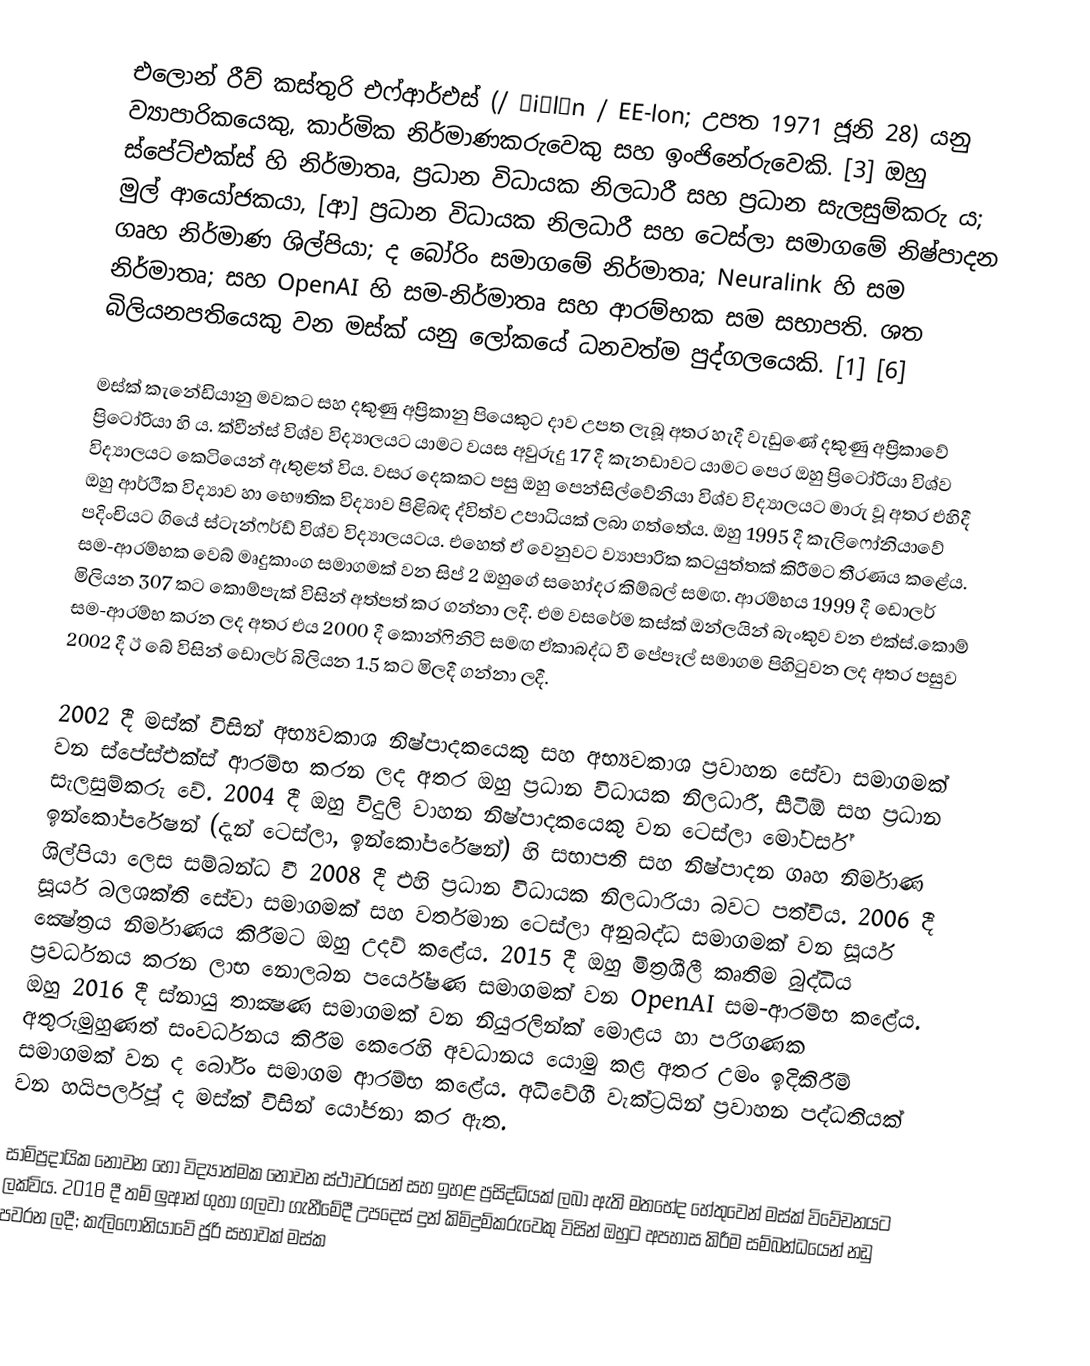
එලොන් රීව් කස්තුරි එෆ්ආර්එස් (/ ˈiːlɒn / EE-lon; උපත 1971 ජූනි 28) යනු ව්‍යාපාරිකයෙකු, කාර්මික නිර්මාණකරුවෙකු සහ ඉංජිනේරුවෙකි. [3] ඔහු ස්පේට්එක්ස් හි නිර්මාතෘ, ප්‍රධාන විධායක නිලධාරී සහ ප්‍රධාන සැලසුම්කරු ය; මුල් ආයෝජකයා, [ආ] ප්‍රධාන විධායක නිලධාරී සහ ටෙස්ලා සමාගමේ නිෂ්පාදන ගෘහ නිර්මාණ ශිල්පියා; ද බෝරිං සමාගමේ නිර්මාතෘ; Neuralink හි සම නිර්මාතෘ; සහ OpenAI හි සම-නිර්මාතෘ සහ ආරම්භක සම සභාපති. ශත බිලියනපතියෙකු වන මස්ක් යනු ලෝකයේ ධනවත්ම පුද්ගලයෙකි. [1] [6]

මස්ක් කැනේඩියානු මවකට සහ දකුණු අප්‍රිකානු පියෙකුට දාව උපත ලැබූ අතර හැදී වැඩුණේ දකුණු අප්‍රිකාවේ ප්‍රිටෝරියා හි ය. ක්වීන්ස් විශ්ව විද්‍යාලයට යාමට වයස අවුරුදු 17 දී කැනඩාවට යාමට පෙර ඔහු ප්‍රිටෝරියා විශ්ව විද්‍යාලයට කෙටියෙන් ඇතුළත් විය. වසර දෙකකට පසු ඔහු පෙන්සිල්වේනියා විශ්ව විද්‍යාලයට මාරු වූ අතර එහිදී ඔහු ආර්ථික විද්‍යාව හා භෞතික විද්‍යාව පිළිබඳ ද්විත්ව උපාධියක් ලබා ගත්තේය. ඔහු 1995 දී කැලිෆෝනියාවේ පදිංචියට ගියේ ස්ටැන්ෆර්ඩ් විශ්ව විද්‍යාලයටය. එහෙත් ඒ වෙනුවට ව්‍යාපාරික කටයුත්තක් කිරීමට තීරණය කළේය. සම-ආරම්භක වෙබ් මෘදුකාංග සමාගමක් වන සිප් 2 ඔහුගේ සහෝදර කිම්බල් සමඟ. ආරම්භය 1999 දී ඩොලර් මිලියන 307 කට කොම්පැක් විසින් අත්පත් කර ගන්නා ලදී. එම වසරේම කස්ක් ඔන්ලයින් බැංකුව වන එක්ස්.කොම් සම-ආරම්භ කරන ලද අතර එය 2000 දී කොන්ෆිනිටි සමඟ ඒකාබද්ධ වී පේපෑල් සමාගම පිහිටුවන ලද අතර පසුව 2002 දී ඊ බේ විසින් ඩොලර් බිලියන 1.5 කට මිලදී ගන්නා ලදී.

2002 දී මස්ක් විසින් අභ්‍යවකාශ නිෂ්පාදකයෙකු සහ අභ්‍යවකාශ ප්‍රවාහන සේවා සමාගමක් වන ස්පේස්එක්ස් ආරම්භ කරන ලද අතර ඔහු ප්‍රධාන විධායක නිලධාරී, සීටීඕ සහ ප්‍රධාන සැලසුම්කරු වේ. 2004 දී ඔහු විදුලි වාහන නිෂ්පාදකයෙකු වන ටෙස්ලා මෝටර්ස් ඉන්කෝපරේෂන් (දැන් ටෙස්ලා, ඉන්කෝපරේෂන්) හි සභාපති සහ නිෂ්පාදන ගෘහ නිර්මාණ ශිල්පියා ලෙස සම්බන්ධ වී 2008 දී එහි ප්‍රධාන විධායක නිලධාරියා බවට පත්විය. 2006 දී සූර්ය බලශක්ති සේවා සමාගමක් සහ වර්තමාන ටෙස්ලා අනුබද්ධ සමාගමක් වන සූර්ය ක්‍ෂේත්‍රය නිර්මාණය කිරීමට ඔහු උදව් කළේය. 2015 දී ඔහු මිත්‍රශීලී කෘතිම බුද්ධිය ප්‍රවර්ධනය කරන ලාභ නොලබන පර්යේෂණ සමාගමක් වන OpenAI සම-ආරම්භ කළේය. ඔහු 2016 දී ස්නායු තාක්‍ෂණ සමාගමක් වන නියුරලින්ක් මොළය හා පරිගණක අතුරුමුහුණත් සංවර්ධනය කිරීම කෙරෙහි අවධානය යොමු කළ අතර උමං ඉදිකිරීම් සමාගමක් වන ද බෝරිං සමාගම ආරම්භ කළේය. අධිවේගී වැක්ට්‍රයින් ප්‍රවාහන පද්ධතියක් වන හයිපර්ලූප් ද මස්ක් විසින් යෝජනා කර ඇත.

සාම්ප්‍රදායික නොවන හෝ විද්‍යාත්මක නොවන ස්ථාවරයන් සහ ඉහළ ප්‍රසිද්ධියක් ලබා ඇති මතභේද හේතුවෙන් මස්ක් විවේචනයට ලක්විය. 2018 දී තම් ලුආන් ගුහා ගලවා ගැනීමේදී උපදෙස් දුන් කිමිදුම්කරුවෙකු විසින් ඔහුට අපහාස කිරීම සම්බන්ධයෙන් නඩු පවරන ලදී; කැලිෆෝනියාවේ ජූරි සභාවක් මස්ක